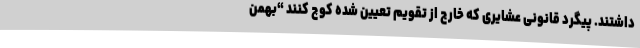
داشتند. پیگرد قانونی عشایری که خارج از تقویم تعیین شده کوچ کنند “بهمن